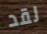
لقد